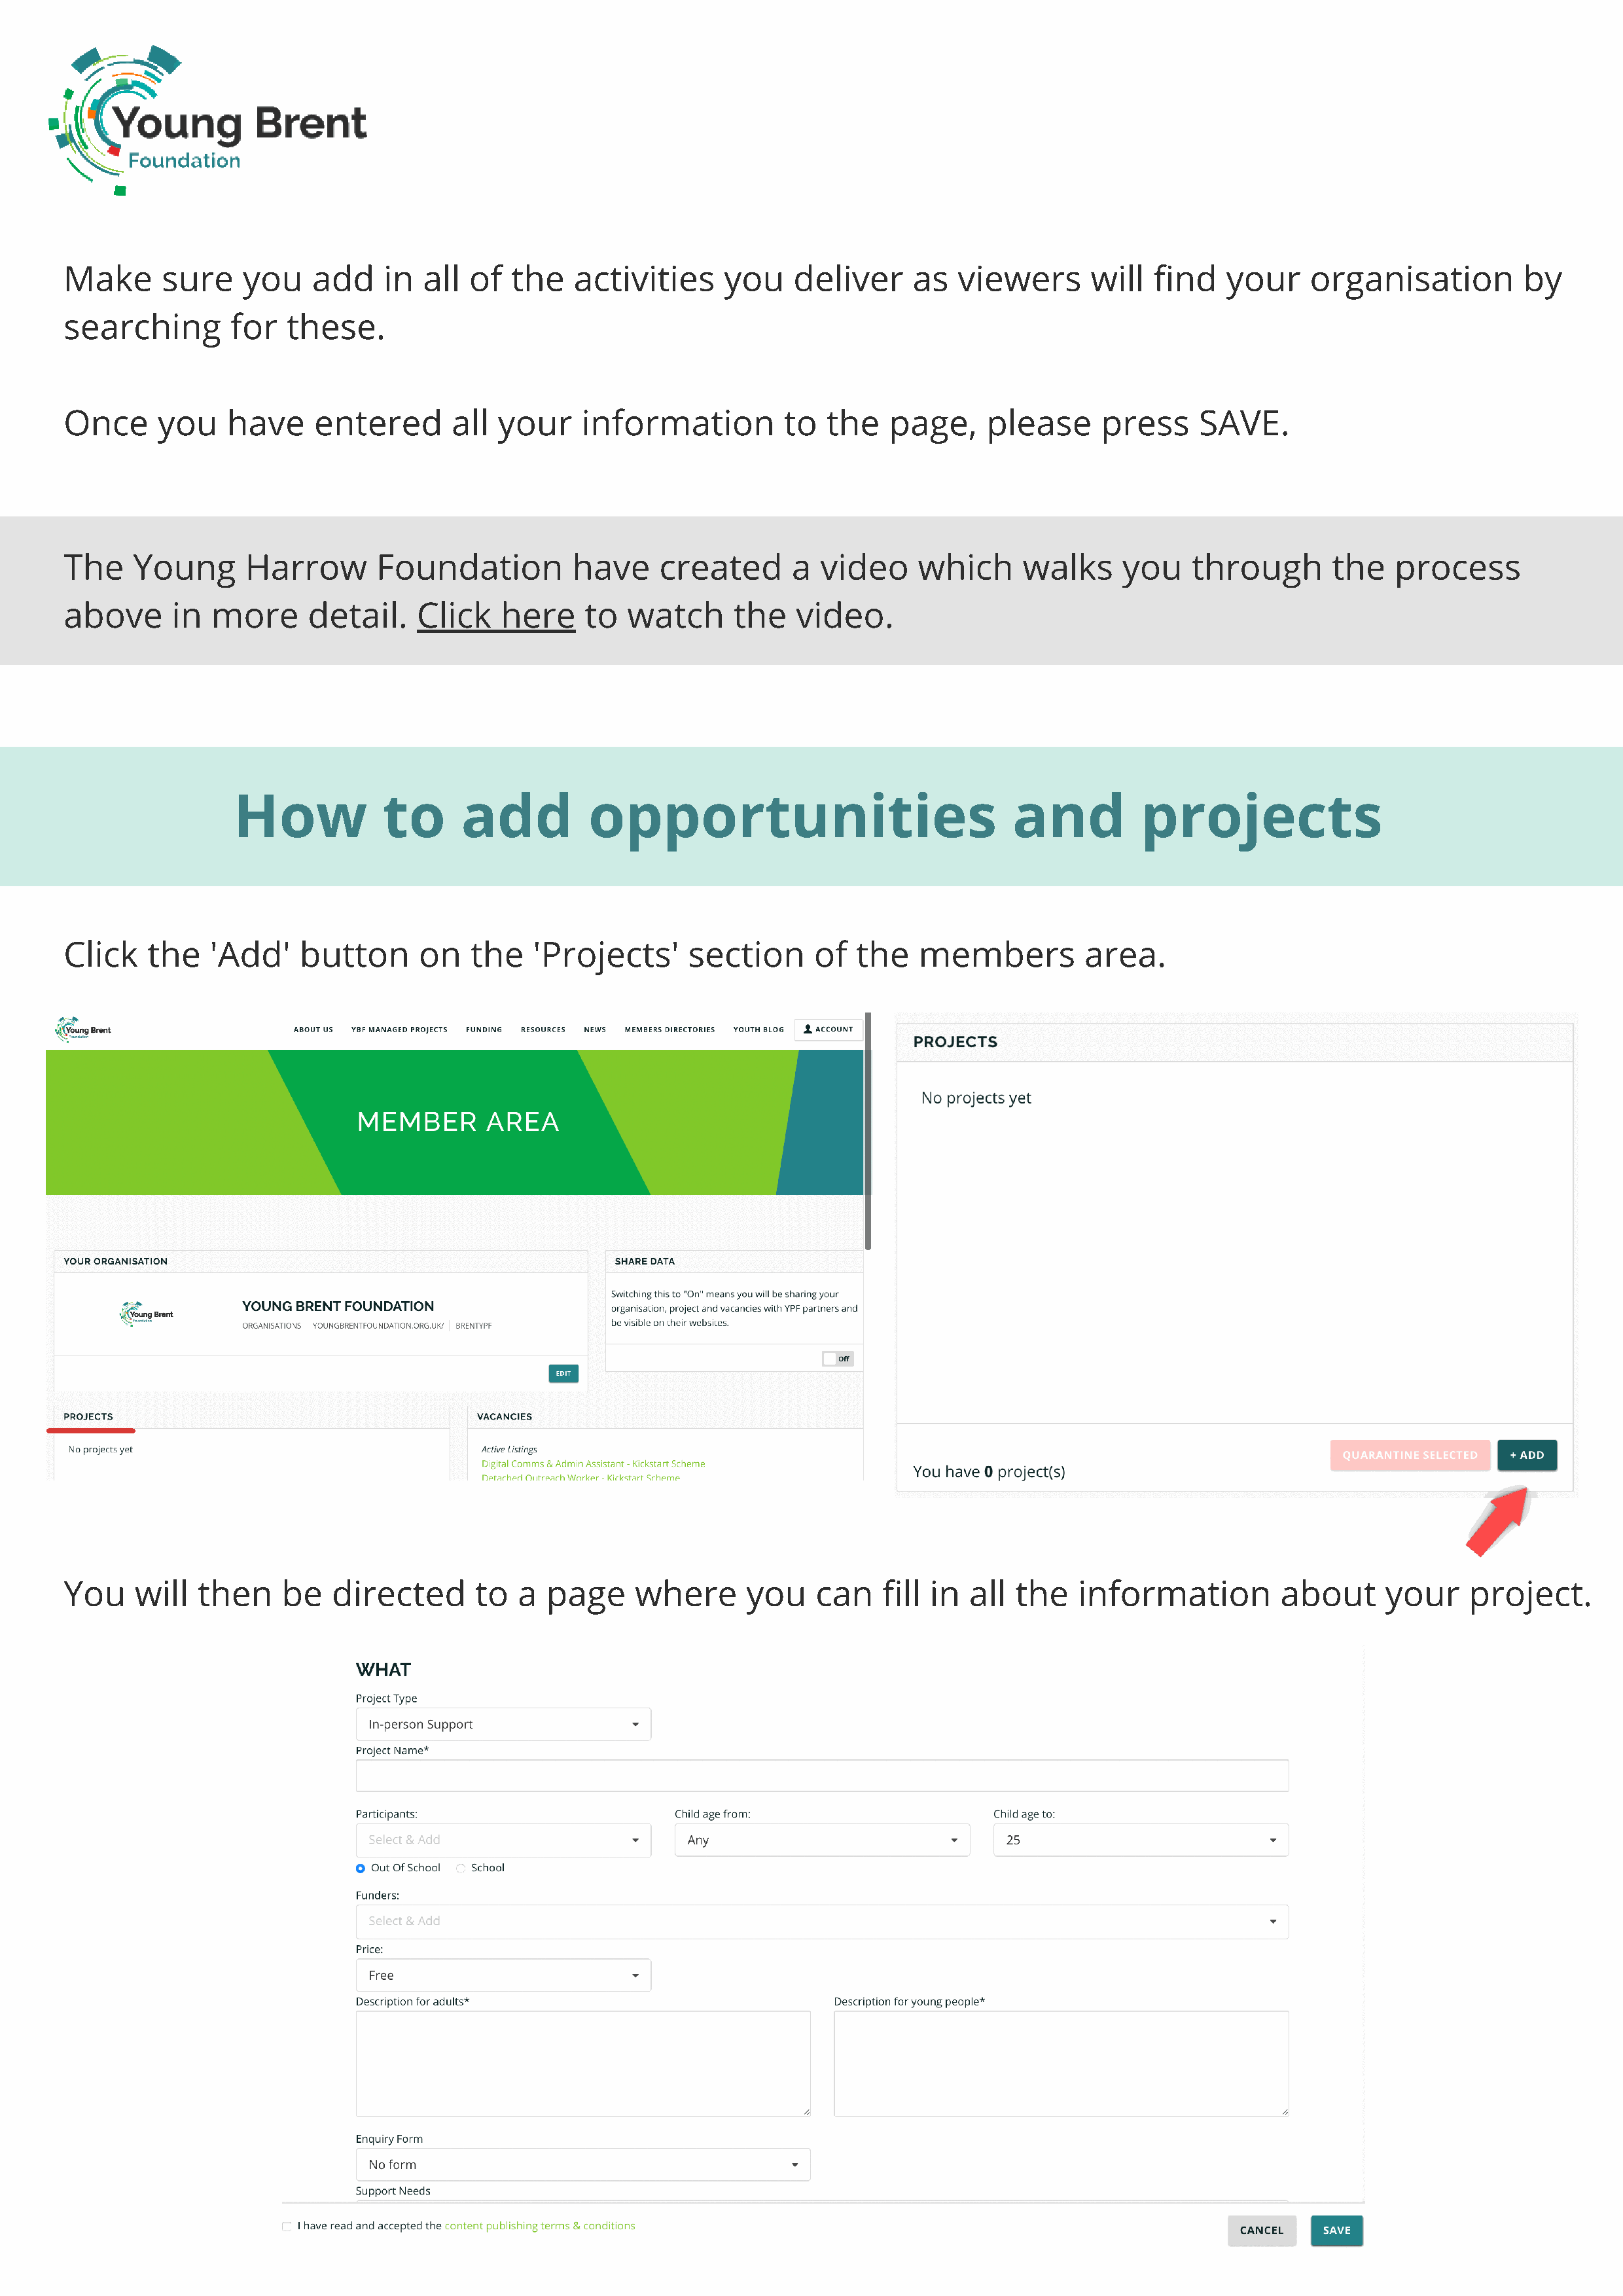
Make      sure     you    add    in  all of   the   activities     you    deliver     as   viewers      will   find   your    organisation          by
 searching        for   these.
 Once      you    have     entered       all your     information         to   the   page,     please     press     SAVE.
 The    Young       Harrow       Foundation          have     created      a  video     which     walks      you    through       the   process
 above      in  more      detail.    Click    here    to  watch      the    video.
 How            to      add          opportunities                             and          projects
 Click    the   'Add'    button      on    the   'Projects'      section     of   the   members          area.
 You     will  then    be    directed      to  a  page     where      you    can    fill in  all  the   information          about     your     project.